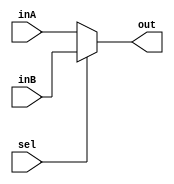
module mux
		#(parameter N = 32)
		(inA, inB, sel, out);
	
	input wire [N - 1:0] inA;
	input wire [N - 1:0] inB;
	input wire sel;

	output wire [N - 1:0] out;

	assign out = (sel) ? inB : inA;
endmodule